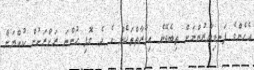
އެހެންވެ ފަނޑިޔާރުންނަށް ތިބެވޭނެ އިމާރާތްތަކެއް އެ ދެ ގޮފި ހުންނަ ރަށްރަށުން ކުއްޔަށް